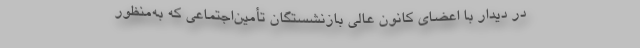
در دیدار با اعضای کانون عالی بازنشستگان تأمین‌اجتماعی که به‌منظور